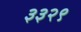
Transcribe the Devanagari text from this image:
३३२९